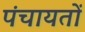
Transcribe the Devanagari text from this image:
पंचायताें